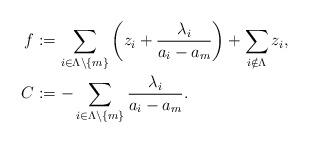
LaTeX: \begin{align*}f &:= \sum_{i \in \Lambda \setminus \{m\}} \bigg(z_i + \frac{\lambda_i}{a_i-a_m} \bigg) + \sum_{i \notin \Lambda} z_i ,\\C&:= -\sum_{i \in \Lambda \setminus \{m\}} \frac{\lambda_i}{a_i-a_m}.\end{align*}